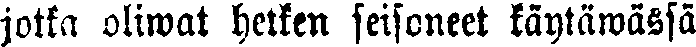
jotka oliwat hetken seisoneet käytäwässä